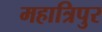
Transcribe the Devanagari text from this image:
महात्रिपुर